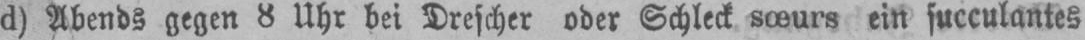
d) Abends gegen 8 Uhr bei Drescher oder Schleck sœurs ein succulantes